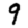
Digit: 9